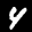
Label: 4